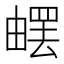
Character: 𤳄